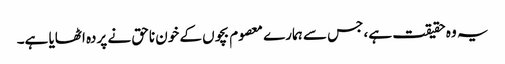
یہ وہ حقیقت ہے، جس سے ہمارے معصوم بچوں کے خون ناحق نے پردہ اٹھایا ہے۔